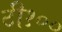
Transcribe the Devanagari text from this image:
टी१००